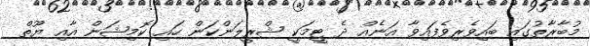
މުބާރާތުގައި ބައިވެރިވެފައިވާ އަނެއް ދެ ޓީމަކީ ޝްރީލަންކަން ހައި ކޮމިޝަން އާއި ޔޫތް